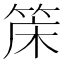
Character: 𬕌